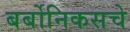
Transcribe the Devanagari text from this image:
बर्बोनिकसचे